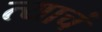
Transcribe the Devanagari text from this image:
त्‍याचं